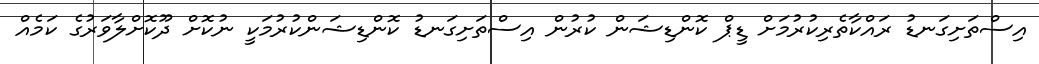
އިސްތަށިގަނޑު ރައްކާތެރިކުރުމަށް ޑީޕް ކޮންޑިޝަން ކުރުން އިސްތަށިގަނޑު ކޮންޑިޝަންކުރުމަކީ ނުކޮށް ދޫކޮށްލާވަރުގެ ކަމެއް